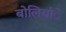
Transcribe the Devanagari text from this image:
बोलियांे